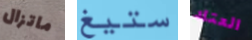
ماتزال ستيغ العتاد